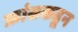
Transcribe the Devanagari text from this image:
फ्रांसकडून